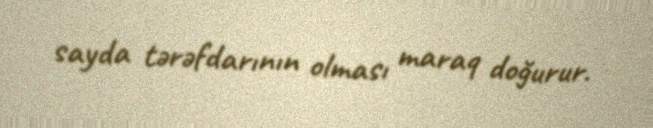
sayda tərəfdarının olması maraq doğurur.